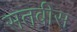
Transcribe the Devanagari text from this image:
सतबीस